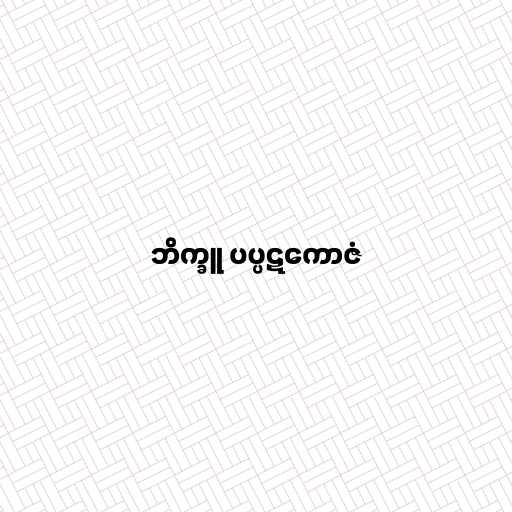
ဘိက္ခူ ပပ္ပဋကောဇံ